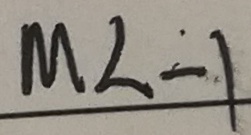
m < - 1